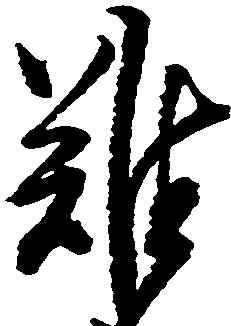
難